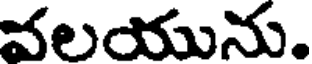
వలయును.